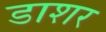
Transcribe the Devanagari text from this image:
डाशर